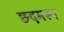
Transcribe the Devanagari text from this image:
छ्दमस्थ